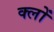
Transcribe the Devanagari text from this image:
क्लों